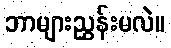
ဘာများညွှန်းမလဲ။